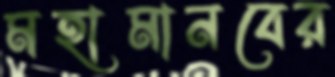
মহামানবের